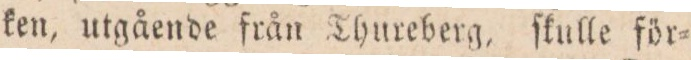
ken, utgående från Thureberg, ſkulle för=